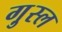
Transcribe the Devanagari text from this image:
गु़स्ल